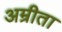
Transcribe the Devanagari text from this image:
अम्रीता